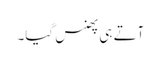
آتے ہی پھنس گیا۔